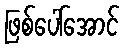
ဖြစ်ပေါ်အောင်